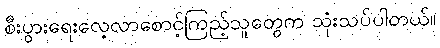
စီးပွားရေးလေ့လာစောင့်ကြည့်သူတွေက သုံးသပ်ပါတယ်။